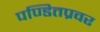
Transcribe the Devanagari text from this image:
पण्डितप्रवर